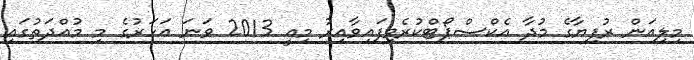
މިލިއަން ރުފިޔާގެ މުދާ އެކްސްޕޯޓްކުރެވިފައިވާއިރު މިއީ 2013 ވަނަ އަހަރުގެ މި މުއްދަތުގައި